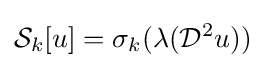
{\cal {S}}_{k}[u]=\sigma _{k}(\lambda ({\cal {D}}^{2}u))